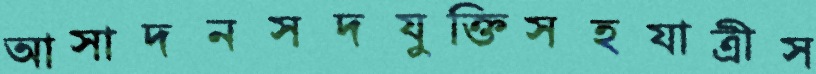
আসাদনসদযুক্তিসহযাত্রীস